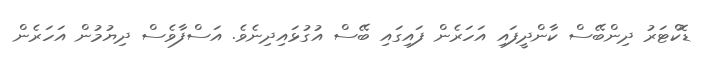
ޑޮކްޓަރު ދިންބޭސް ކާންދީފައި އަހަރެން ފައިގައި ބޭސް އުގުޅައިދިނެވެ. އަސްފާވެސް ދިޔުމުން އަހަރެން